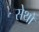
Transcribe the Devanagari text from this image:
सेथो